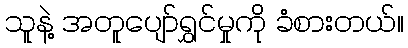
သူနဲ့ အတူပျော်ရွှင်မှုကို ခံစားတယ်။